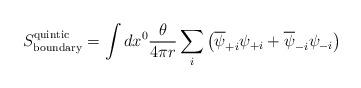
LaTeX: \begin{align*}S^{\rm quintic}_{\rm boundary}=\int dx^0\frac{\theta}{4\pi r}\sum_i\left(\overline{\psi}_{+i}\psi_{+i}+\overline{\psi}_{-i} \psi_{-i}\right)\end{align*}